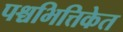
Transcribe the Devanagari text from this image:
पश्चभित्तिकेत